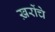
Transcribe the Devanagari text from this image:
ख़रोंचे